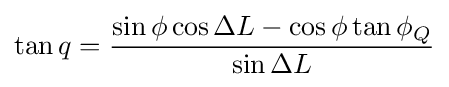
\tan q={\frac {\sin \phi \cos \Delta L-\cos \phi \tan \phi _{Q}}{\sin \Delta L}}